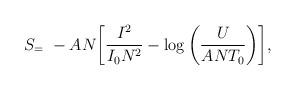
LaTeX: \begin{align*}S_=\ -A N {\left[\frac{I^{2}}{I_{0}N^{2}} - \log\left(\frac{U}{A N T_{0}}\right)\right]},\end{align*}